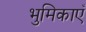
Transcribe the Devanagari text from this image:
भुमिकाएँ